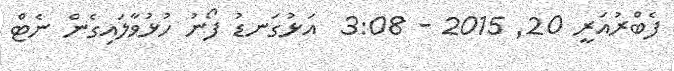
ފެބްރުއަރީ 20